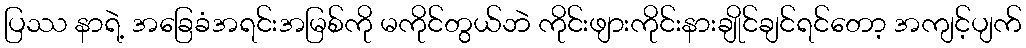
ပြဿ နာရဲ့ အခြေခံအရင်းအမြစ်ကို မကိုင်တွယ်ဘဲ ကိုင်းဖျားကိုင်းနားချိုင်ချင်ရင်တော့ အကျင့်ပျက်